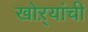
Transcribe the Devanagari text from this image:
खोऱ्यांची